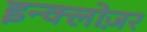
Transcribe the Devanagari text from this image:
इन्क्लोज़र